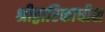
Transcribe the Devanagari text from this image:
श्रीद्वारिकाधीश